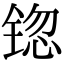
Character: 锪